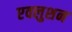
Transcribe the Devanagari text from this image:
एवलुशन